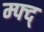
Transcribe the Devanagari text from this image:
म्फ्द्